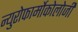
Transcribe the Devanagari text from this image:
न्युरोफार्मोकोलोजी